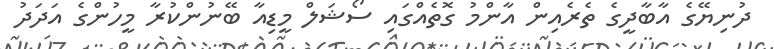
ދުނިޔޭގެ އާބާދީގެ ތެރެއިން އާންމު ގޮތެއްގައި ސޯޝަލް މީޑިއާ ބޭނުންކުރާ މީހުންގެ އަދަދު